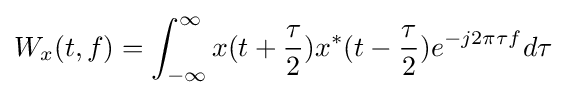
W_{x}(t,f)=\int _{-\infty }^{\infty }x(t+{\frac {\tau }{2}})x^{*}(t-{\frac {\tau }{2}})e^{-j2\pi \tau f}d\tau